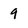
Character: 9